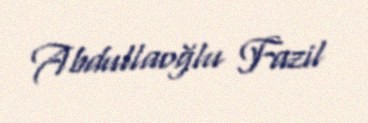
Abdullaoğlu Fazil